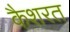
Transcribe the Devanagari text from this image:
कैशरत